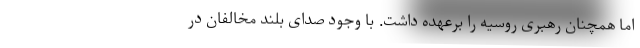
اما همچنان رهبری روسیه را برعهده داشت. با وجود صدای بلند مخالفان در